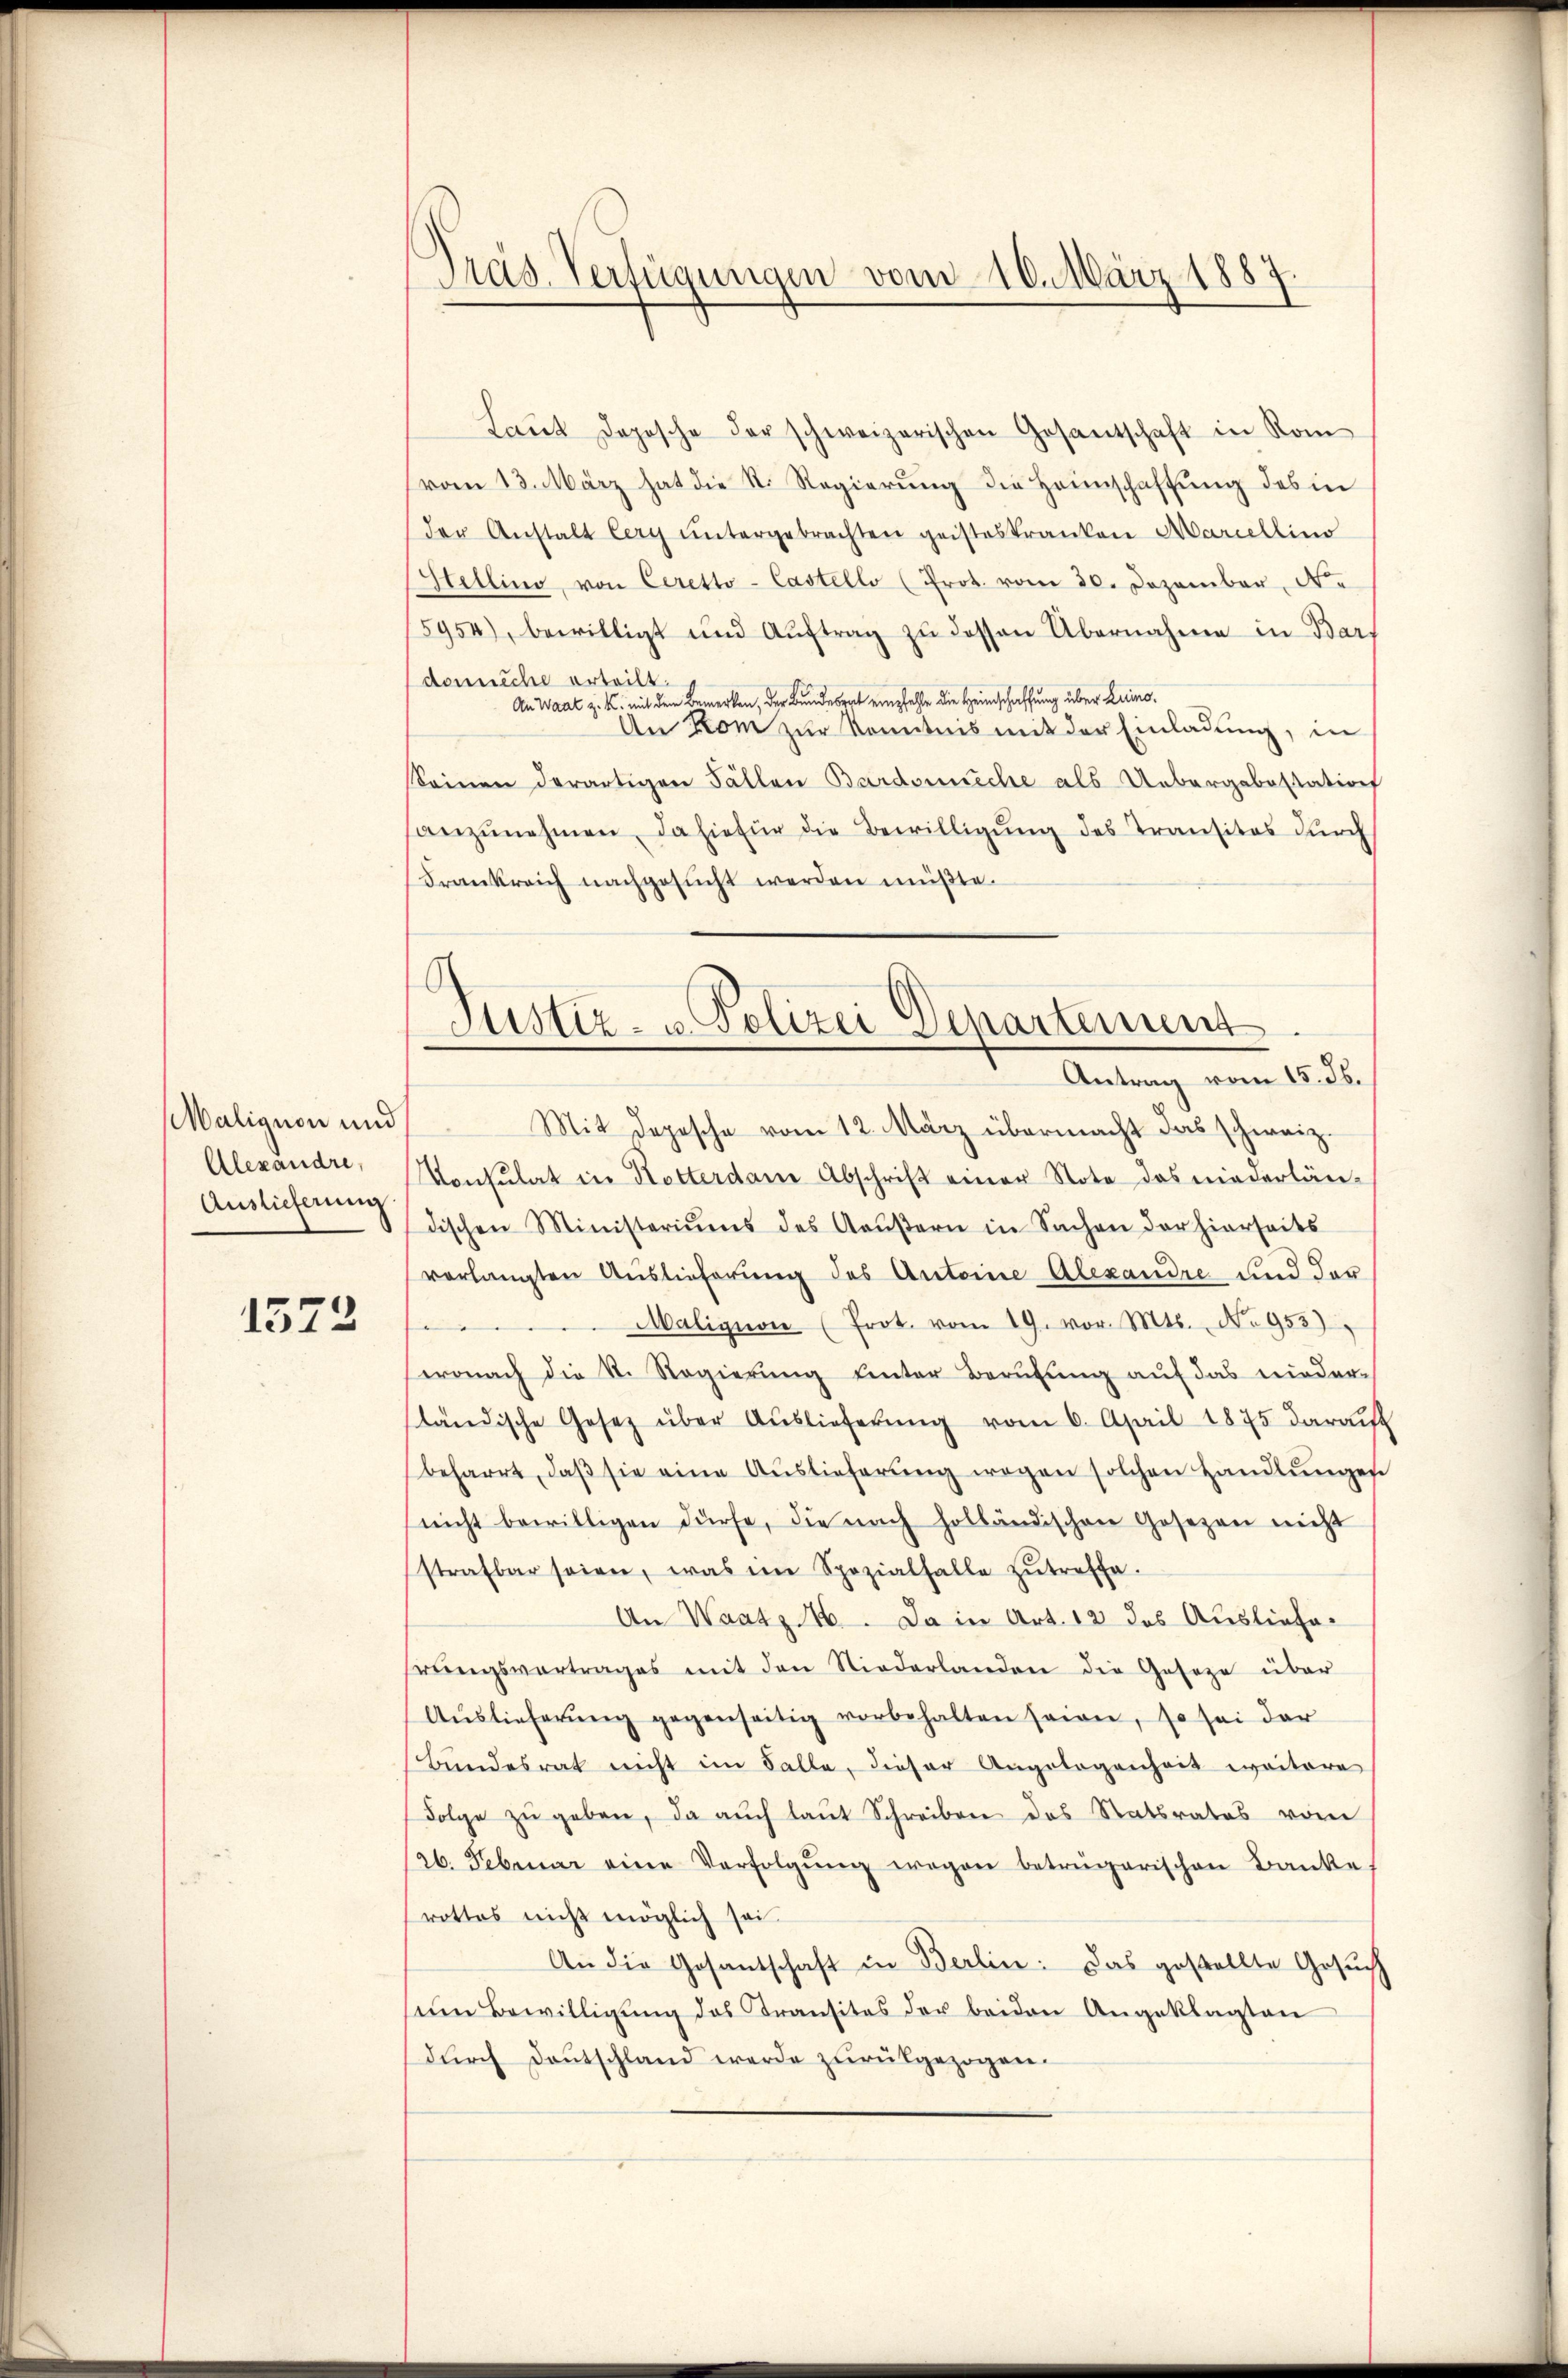
Malignon und
Alexandre,
Auslieferung

1572

Präs. Verfügungen vom 10. März 1887.

Laŭt doposche der schweizerischen Gesantschaft in Kom
vom 13. März hat die R. Regierung die Heimschaffung des in
der Anstalt lery untergebrachten geisteskranken Marcellino
Hellino, von Ceretto-Castello (Prot. vom 20. Dezember, Ne
5954), bewilligt und Aŭftrag zŭ dessen Übernahme in Bar
domiiche erteilt.
An Waat z. K. mit dem Bemerken, der Bundesrat empfehle die Heimschaffung über Luino¬
An Rom zur Kenntnis mit der Einladung, in
Seinen derartigen Fällen Bardoneche als Uebergabestation
anzŭnehmen, da hiefür die Bewilligŭng des Transitos dŭrch
Frankreich nachgesŭcht werden müßte.
Mit Depesche vom 12. März übermacht das schweiz.
Konsulat in Kotterdam Abschrift einer Note das niederländischen Ministeriums des Aaŭβern in Sachen der hierseits
verlangten Auslieferung des Antoine Alexandre und der
Maligion (Prot. vom 19. vor. Mts. No 953)
e
wonach die St. Regierŭng ŭnter Berufung auf das nieder-
ständische Gesetz über Auslieferung vom 6. April 1875 darauf
beharrt, daβ sie eine Aŭslieferŭng wegen solchen Handlŭngen
nicht bewilligen dürfe, die nach holländischen Gesezen nicht
strafbar seien, was im Spezialfalle zŭtreffe.
An Waatz 16. Da in Art. 12 des Ausliefesrŭensvertrages mit den Niederlanden die Geseze über
Aŭslieferŭng gegenseitig vorbehalten seien, so sei der
Bŭndesrat nicht im Falle, dieser Angelegenheit weitere
Folge zŭ geben, da auch laut Schreiben des Statsrates vom
26. Februar eine Verfolgŭng wegen betrügerischen Banke,
rottes nicht möglich sei
An die Gesantschaft in Berlin: Das gestellte Gesuch
seim Bewilligŭng des Transites der beiden Angeklagten
dŭrch Deutschland werde zurückgezogen.

Justiz- u Polizei Dinartement
Antrag vom 15. ds.